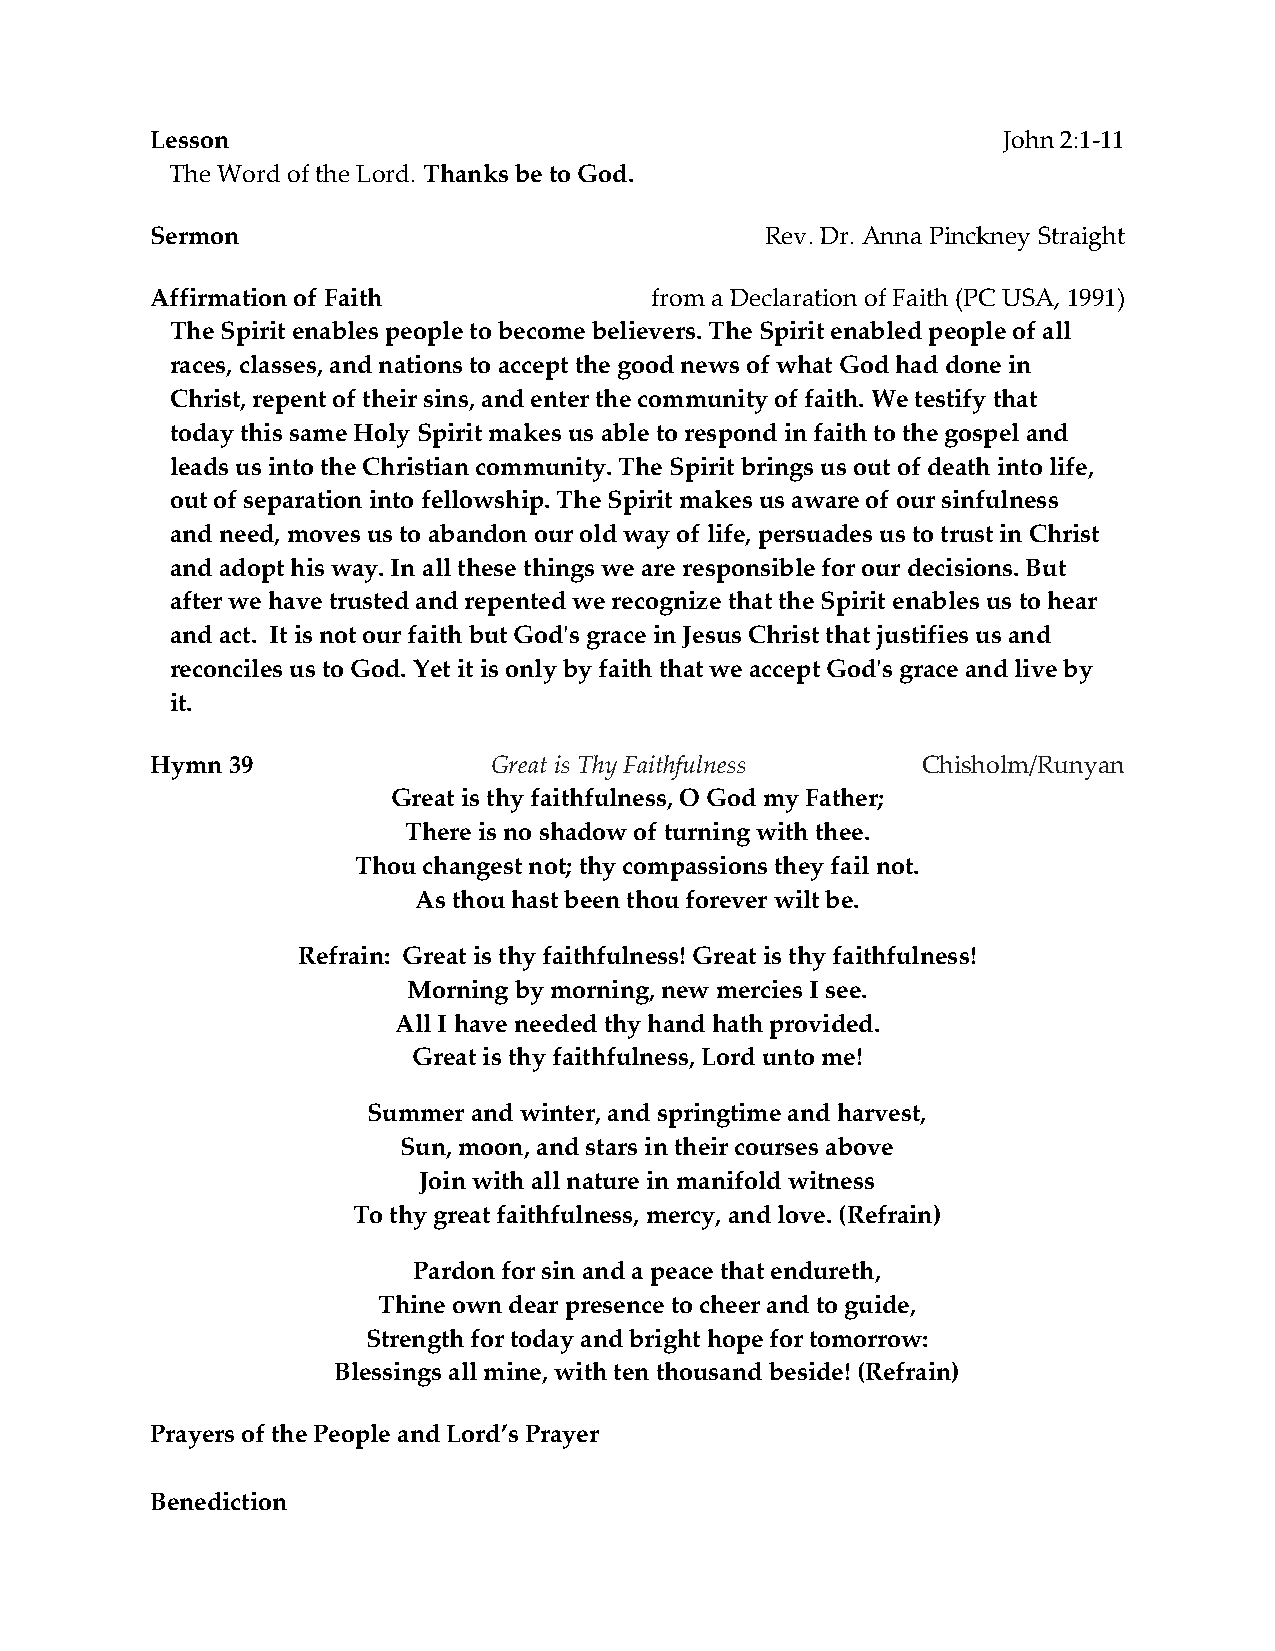
Lesson                                                  John 2:1-11
 The Word of the Lord. Thanks be to God.
 Sermon                                   Rev. Dr. Anna Pinckney Straight
 Affirmation of Faith             from a Declaration of Faith (PC USA, 1991)
 The Spirit enables people to become believers. The Spirit enabled people of all
 races, classes, and nations to accept the good news of what God had done in
 Christ, repent of their sins, and enter the community of faith. We testify that
 today this same Holy Spirit makes us able to respond in faith to the gospel and
 leads us into the Christian community. The Spirit brings us out of death into life,
 out of separation into fellowship. The Spirit makes us aware of our sinfulness
 and need, moves us to abandon our old way of life, persuades us to trust in Christ
 and adopt his way. In all these things we are responsible for our decisions. But
 after we have trusted and repented we recognize that the Spirit enables us to hear
 and act. It is not our faith but God's grace in Jesus Christ that justifies us and
 reconciles us to God. Yet it is only by faith that we accept God's grace and live by
 it.
 Hymn 39               Great is Thy Faithfulness    Chisholm/Runyan
 Great is thy faithfulness, O God my Father;
 There is no shadow of turning with thee.
 Thou changest not; thy compassions they fail not.
 As thou hast been thou forever wilt be.
 Refrain: Great is thy faithfulness! Great is thy faithfulness!
 Morning by morning, new mercies I see.
 All I have needed thy hand hath provided.
 Great is thy faithfulness, Lord unto me!
 Summer and winter, and springtime and harvest,
 Sun, moon, and stars in their courses above
 Join with all nature in manifold witness
 To thy great faithfulness, mercy, and love. (Refrain)
 Pardon for sin and a peace that endureth,
 Thine own dear presence to cheer and to guide,
 Strength for today and bright hope for tomorrow:
 Blessings all mine, with ten thousand beside! (Refrain)
 Prayers of the People and Lord’s Prayer
 Benediction